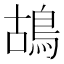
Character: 鴣